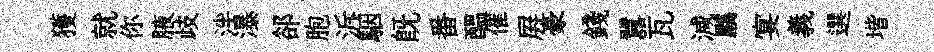
獲就你腋歧泮瀑郤胞泝駰旣番醖催屛豪錢囂瓦減鸝宴義選堦